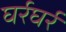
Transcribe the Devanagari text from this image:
घर्रघर्र